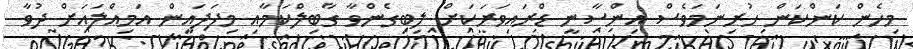
މިހެން ކަންކަން ހުރިނަމަވެސް އިންސާނީ ޑްރައިވަރަކަށް ލިބިގެންވާ ގާބިލްކަމާއި މިފަދައިން އަމިއްލައަށް ދުވާ